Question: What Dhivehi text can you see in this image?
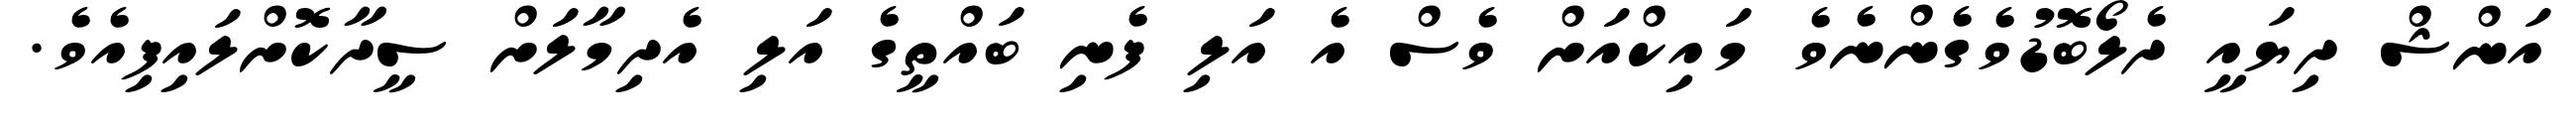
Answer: އަންޝް ދިޔައީ ދެލޯބޮޑުވެގެންނެވެ މައިކްއަށް ވެސް އެ އަލި ފެނި ބައްތީގެ އަލި އެދިމާލަށް ސީދާކޮށްލައިފިއެވެ.